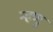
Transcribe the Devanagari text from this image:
म्हणु